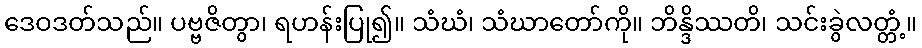
ဒေဝဒတ်သည်။ ပဗ္ဗဇိတွာ၊ ရဟန်းပြု၍။ သံဃံ၊ သံဃာတော်ကို။ ဘိန္ဒိဿတိ၊ သင်းခွဲလတ္တံ့။